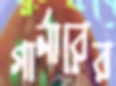
গার্নারের